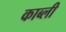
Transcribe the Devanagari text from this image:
काब्ली